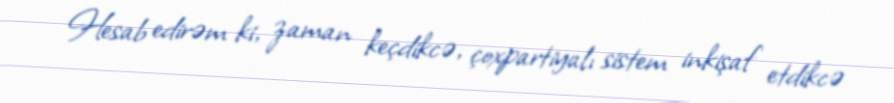
Hesab edirəm ki, zaman keçdikcə, çoxpartiyalı sistem inkişaf etdikcə